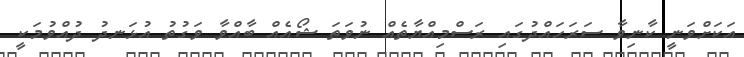
އަކަށްވަނީ ކާނިވާ ސަރަހައްދުގައި ރަސްމިއްޔާތެއް ނުވަތަ ޝޯއެއް ބާއްވާ ވަގުތު އުޅަނދު ދުއްވުމަކީ